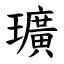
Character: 㼅